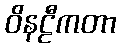
ဝိနဠီကတာ